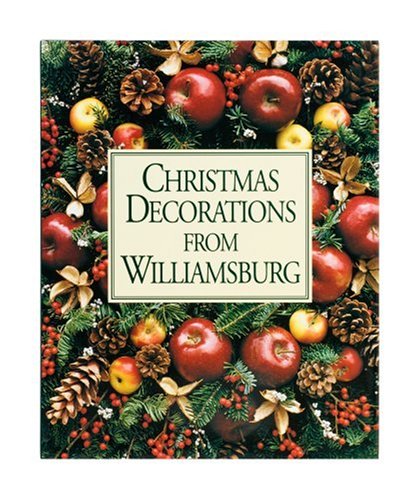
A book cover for Christmas Decorations from Williamsburg; Susan Hight Rountree; Cookbooks, Food & Wine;